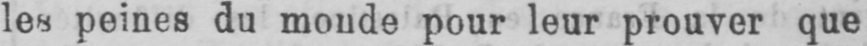
les peines du monde pour leur prouver que